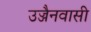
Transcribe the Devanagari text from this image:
उज्जैनवासी